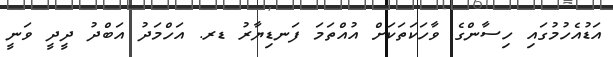
އަޑުއެހުމުގައި ހިސާންގެ ވާހަކަތަކަށް އުއްތަމަ ފަނޑިޔާރު ޑރ. އަހްމަދު އަބްދު ދީދީ ވަނީ